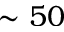
\sim 5 0